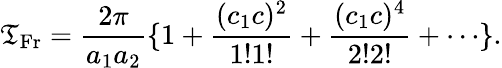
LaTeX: \mathfrak{T}_{\mathrm{{Fr}}}=\frac{{2\pi}}{{a_{1}a_{2}}}\{ 1+\frac{{(c_{1}c)^{2}}}{{1!1!}}+\frac{{(c_{1}c)^{4}}}{{2!2!}}+\cdots\} .